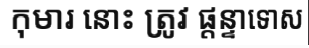
កុមារ នោះ ត្រូវ ផ្តន្ទាទោស